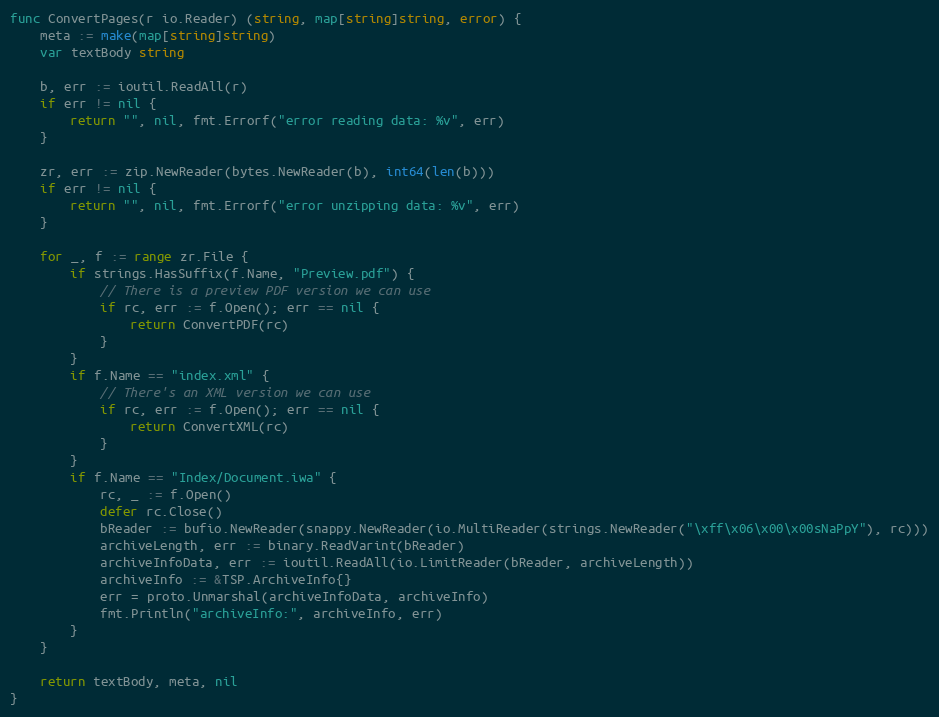
Language: Go
func ConvertPages(r io.Reader) (string, map[string]string, error) {
	meta := make(map[string]string)
	var textBody string

	b, err := ioutil.ReadAll(r)
	if err != nil {
		return "", nil, fmt.Errorf("error reading data: %v", err)
	}

	zr, err := zip.NewReader(bytes.NewReader(b), int64(len(b)))
	if err != nil {
		return "", nil, fmt.Errorf("error unzipping data: %v", err)
	}

	for _, f := range zr.File {
		if strings.HasSuffix(f.Name, "Preview.pdf") {
			// There is a preview PDF version we can use
			if rc, err := f.Open(); err == nil {
				return ConvertPDF(rc)
			}
		}
		if f.Name == "index.xml" {
			// There's an XML version we can use
			if rc, err := f.Open(); err == nil {
				return ConvertXML(rc)
			}
		}
		if f.Name == "Index/Document.iwa" {
			rc, _ := f.Open()
			defer rc.Close()
			bReader := bufio.NewReader(snappy.NewReader(io.MultiReader(strings.NewReader("\xff\x06\x00\x00sNaPpY"), rc)))
			archiveLength, err := binary.ReadVarint(bReader)
			archiveInfoData, err := ioutil.ReadAll(io.LimitReader(bReader, archiveLength))
			archiveInfo := &TSP.ArchiveInfo{}
			err = proto.Unmarshal(archiveInfoData, archiveInfo)
			fmt.Println("archiveInfo:", archiveInfo, err)
		}
	}

	return textBody, meta, nil
}